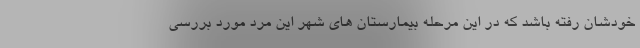
خودشان رفته باشد که در این مرحله بیمارستان های شهر این مرد مورد بررسی